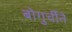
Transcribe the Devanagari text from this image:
बोगुर्चीने